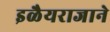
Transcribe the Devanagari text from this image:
इळैयराजाने